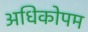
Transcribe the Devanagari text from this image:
अधिकोपम